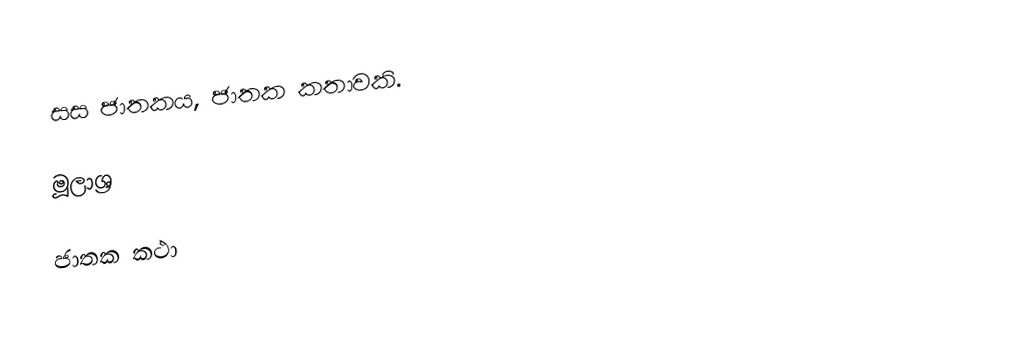
සස ජාතකය, ජාතක කතාවකි.

මූලාශ්‍ර

ජාතක කථා